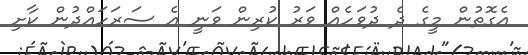
އެގޮތުން މީގެ ދެ ދުވަހެއް ވަރު ކުރިން ވަނީ އެ ސަރަހައްދުން ކާށި